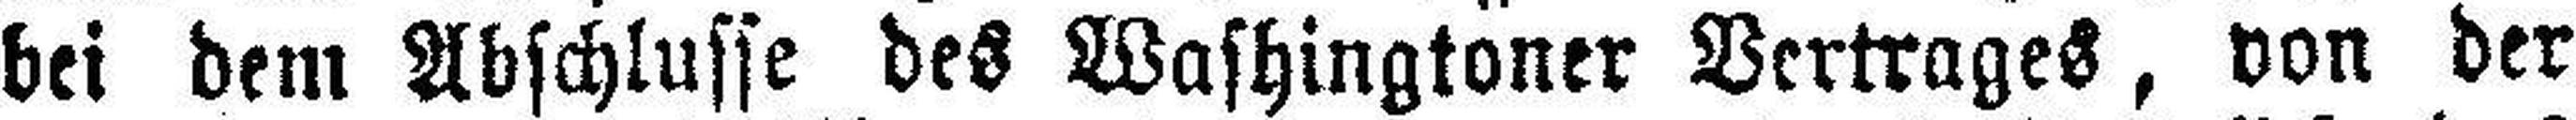
bei dem Abschlusse des Washingtoner Vertrages, von der